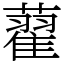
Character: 藋